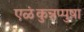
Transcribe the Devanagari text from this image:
एळंकुन्नप्पुष़ा